Civil Veterinary Dept. North-West Frontier Province 1923-32 - 1923-1932
Year: 1923
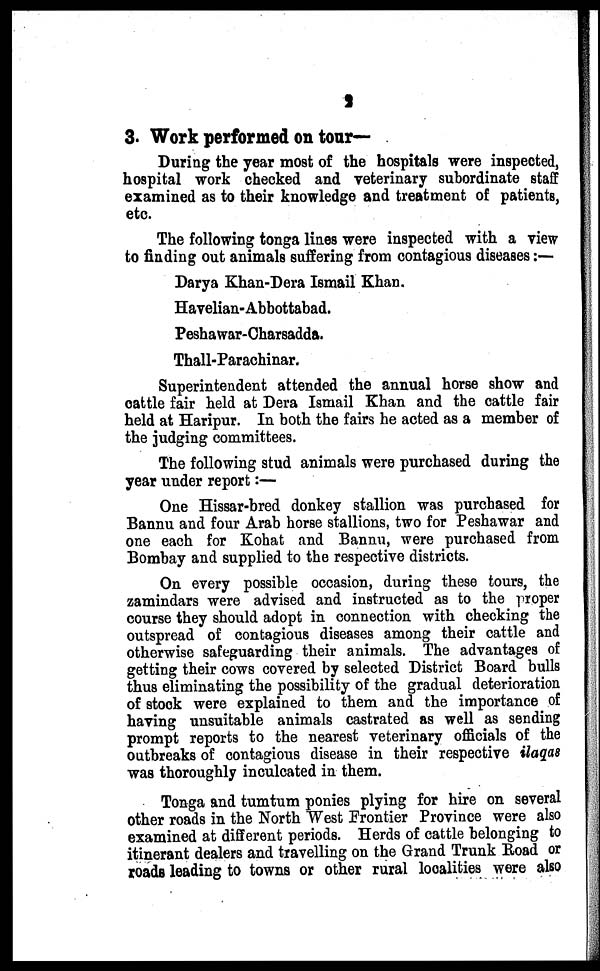
2
3. Work performed on tour—
During the year most of the hospitals were inspected,
hospital work checked and veterinary subordinate staff
examined as to their knowledge and treatment of patients,
etc.
The following tonga lines were inspected with a view
to finding out animals suffering from contagious diseases:—
Darya Khan-Dera Ismail Khan.
Havelian-Abbottabad.
Peshawar-Charsadda.
Thall-Parachinar.
Superintendent attended the annual horse show and
cattle fair held at Dera Ismail Khan and the cattle fair
held at Haripur. In both the fairs he acted as a member of
the judging committees.
The following stud animals were purchased during the
year under report:—
One Hissar-bred donkey stallion was purchased for
Bannu and four Arab horse stallions, two for Peshawar and
one each for Kohat and Bannu, were purchased from
Bombay and supplied to the respective districts.
On every possible occasion, during these tours, the
zamindars were advised and instructed as to the proper
course they should adopt in connection with checking the
outspread of contagious diseases among their cattle and
otherwise safeguarding their animals. The advantages of
getting their cows covered by selected District Board bulls
thus eliminating the possibility of the gradual deterioration
of stock were explained to them and the importance of
having unsuitable animals castrated as well as sending
prompt reports to the nearest veterinary officials of the
outbreaks of contagious disease in their respective ilaqas
was thoroughly inculcated in them.
Tonga and tumtum ponies plying for hire on several
other roads in the North West Frontier Province were also
examined at different periods. Herds of cattle belonging to
itinerant dealers and travelling on the Grand Trunk Road or
roads leading to towns or other rural localities were also